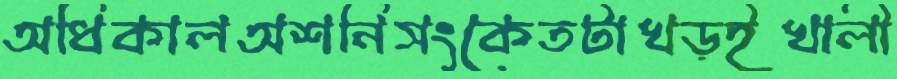
অধিকালঅশনিসংকেতটাখড়ইখালী